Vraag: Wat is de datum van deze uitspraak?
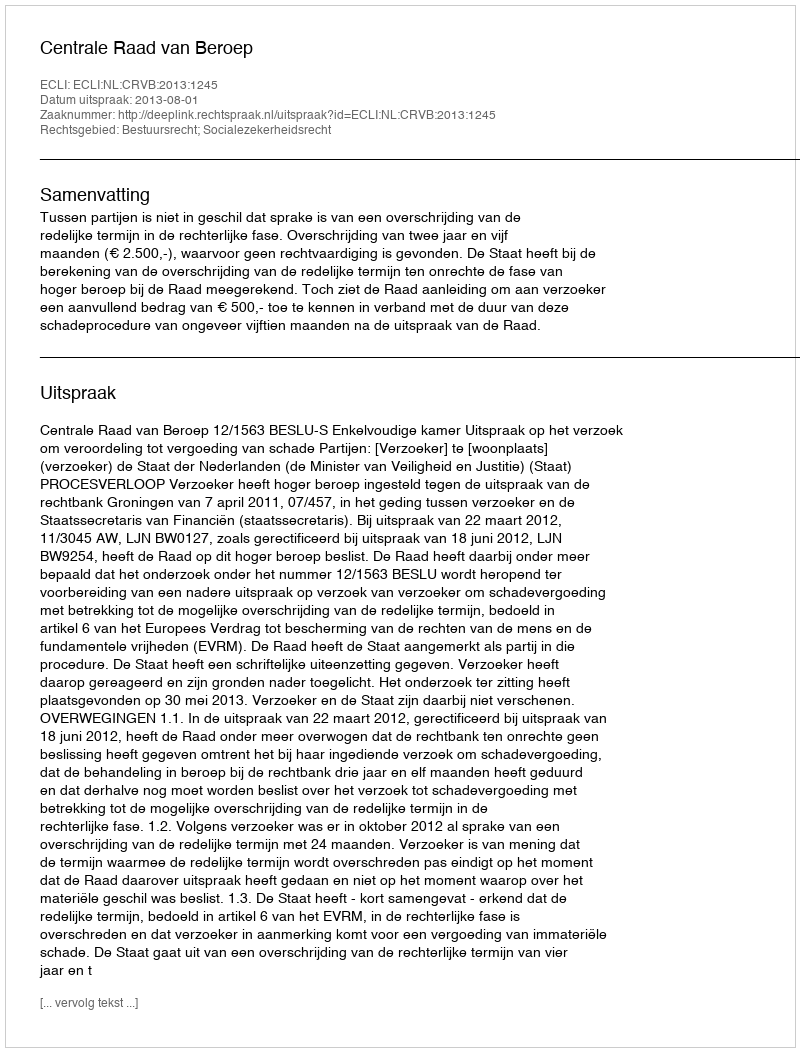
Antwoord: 2013-08-01